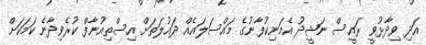
އަދި ވިދާޅުވީ ރައީސް ނަޝީދު އެމަނިކުފާނުގެ މައްސަލައެއް ދައުލަތަށް އިސްތިއުނާފް ކުރެވިދާނެ ކަމަކަށް